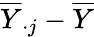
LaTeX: {\overline{{Y}}}_{\cdot j}-{\overline{{Y}}}